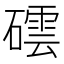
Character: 𥖅